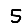
Digit: 5